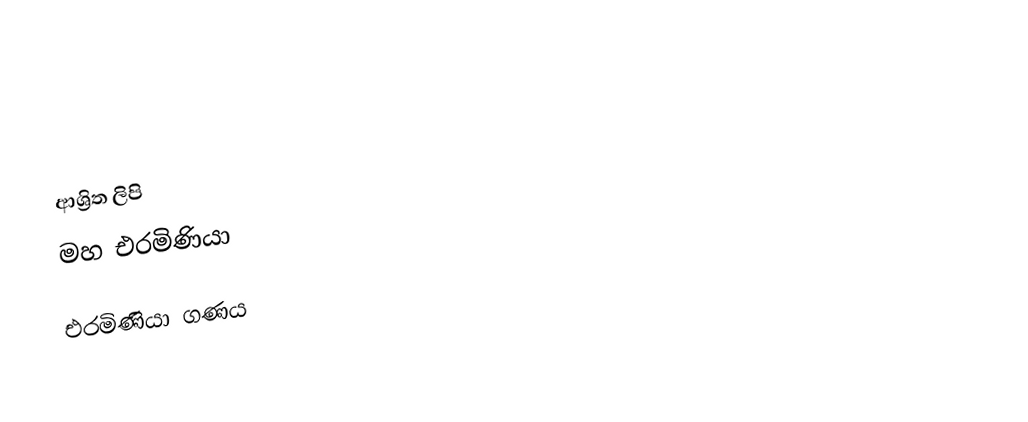

ආශ්‍රිත ලිපි
 මහ එරමිණියා

එරමිණියා ගණය